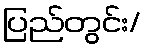
ပြည်တွင်း/